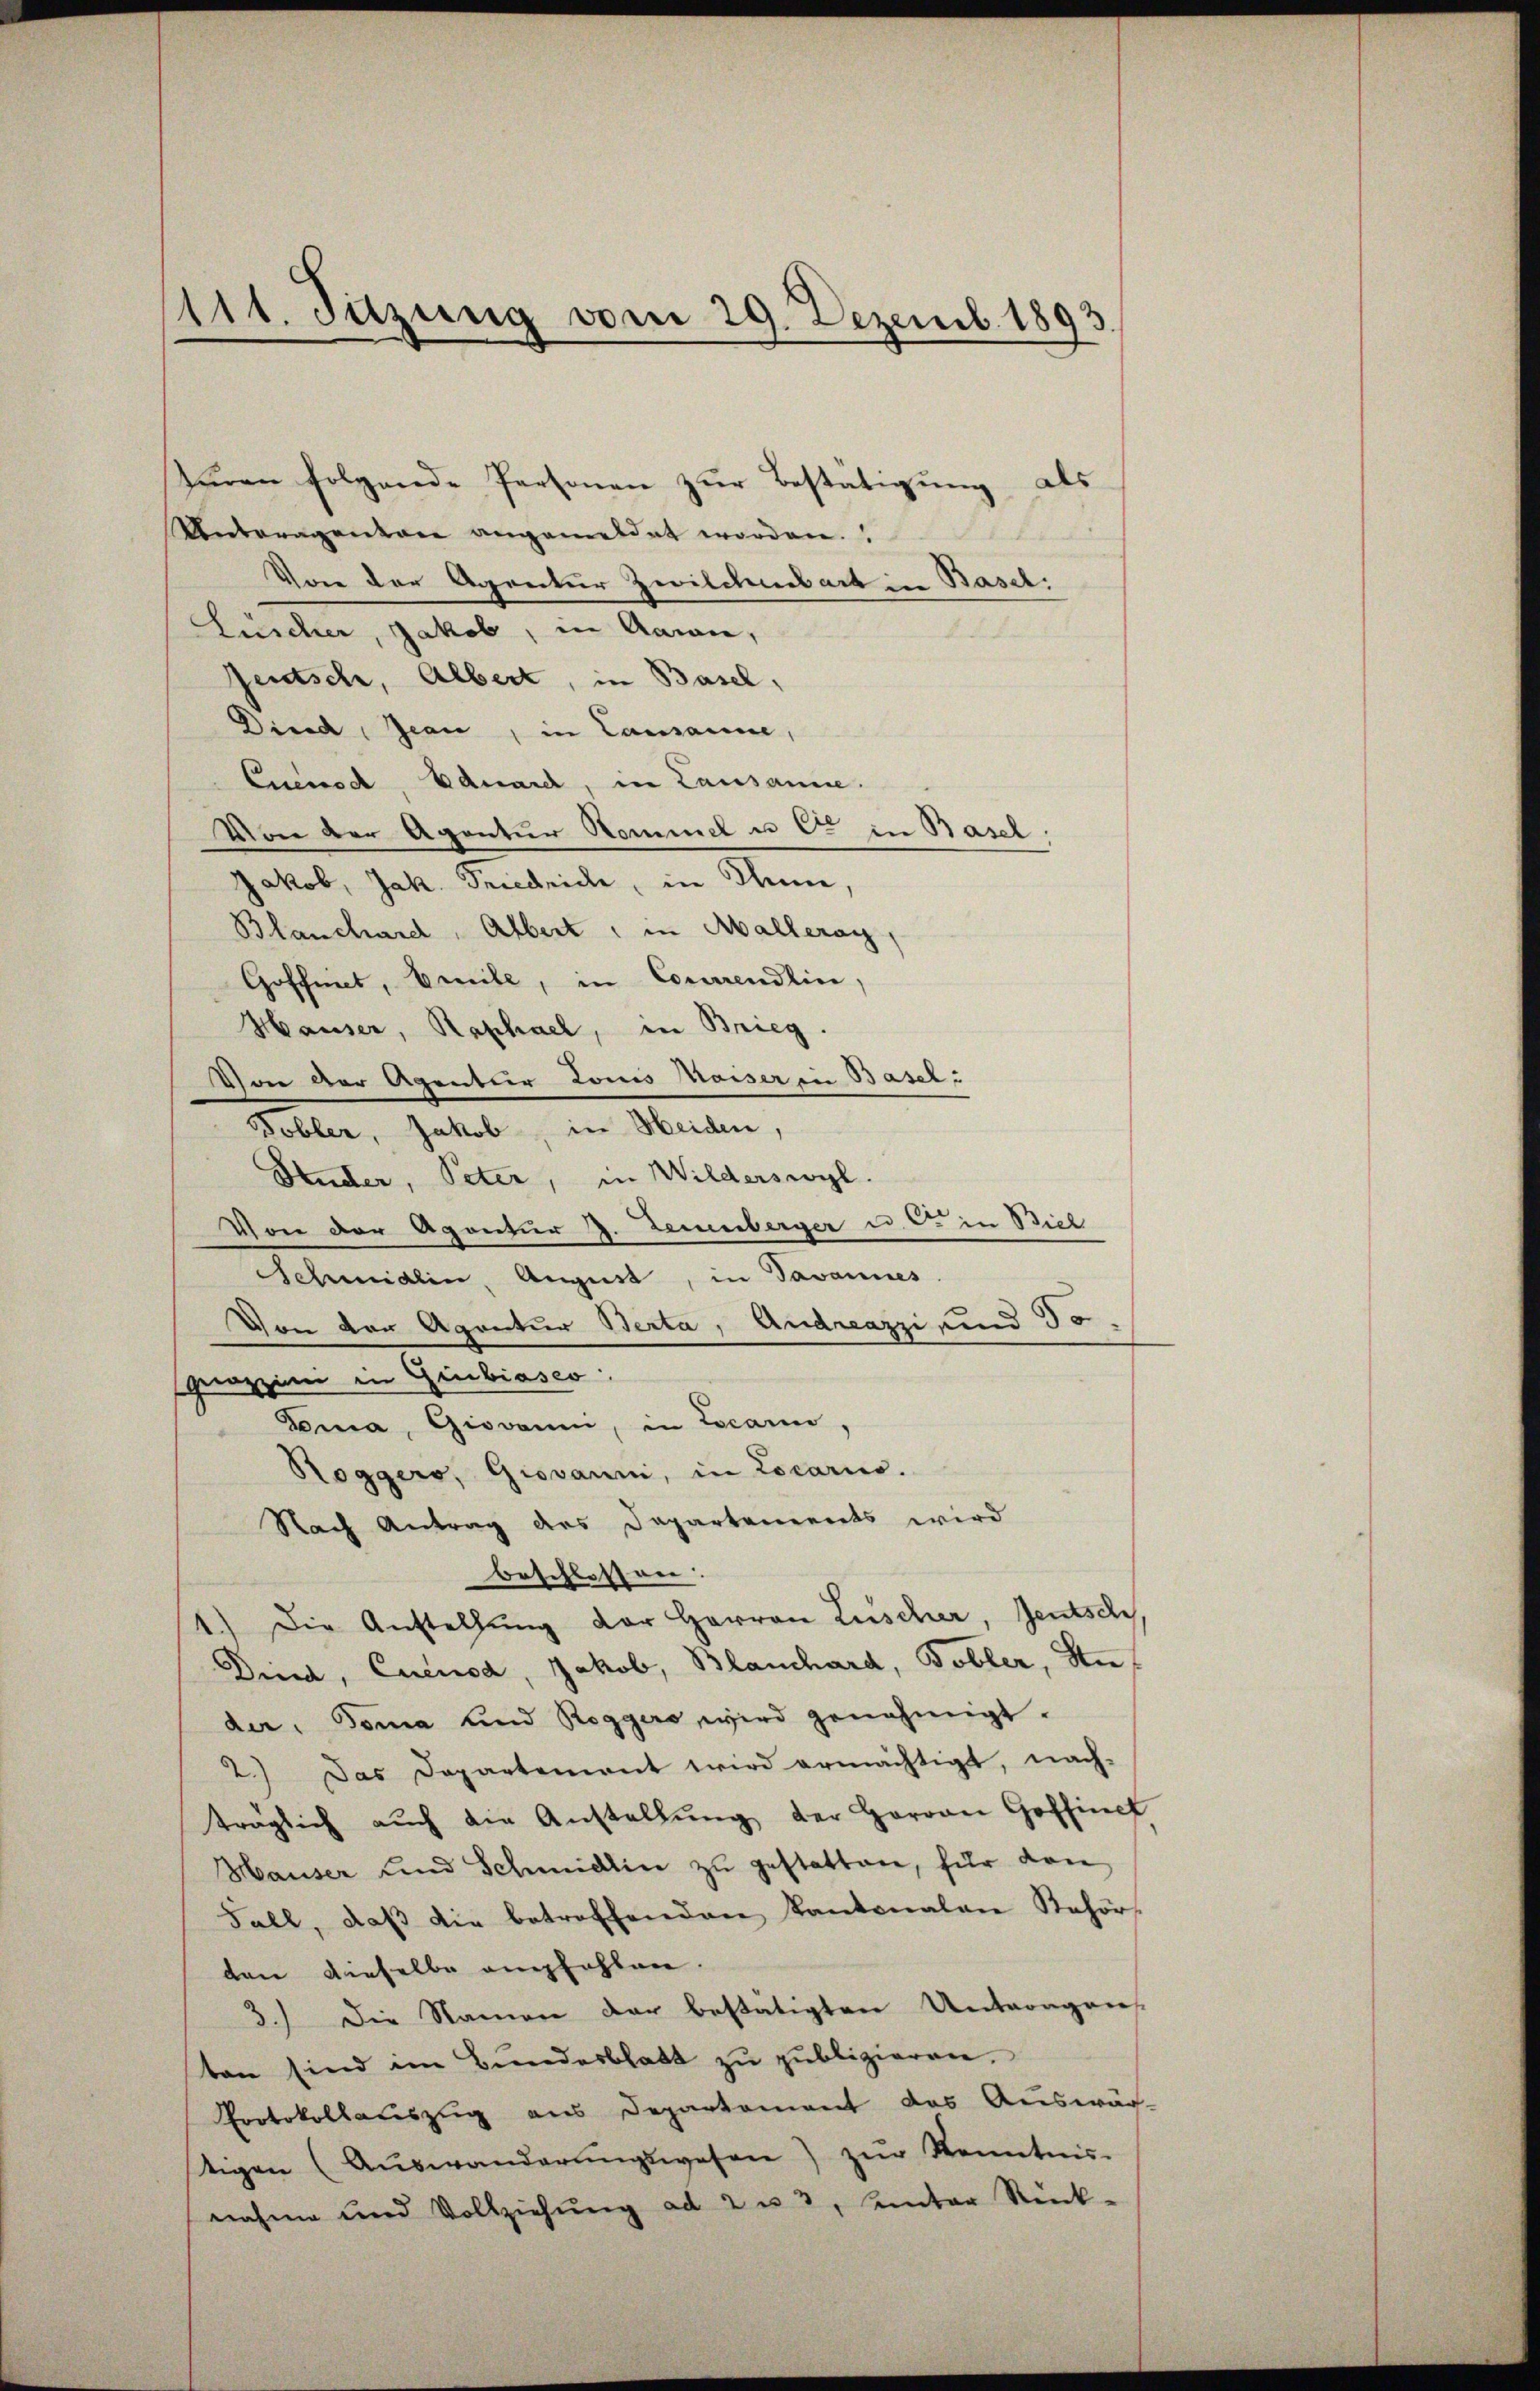
111. Suzung vom 29. Dezemb. 1893

tŭren folgende Personen zŭr Bestätigung als
Unteragenten angemeldet worden.
Von der Agretur Zwildenbart in Basel:
Luscher, Jakob, in Aarau,
Jeutsch, Albert, in Basel,
Dirad, Jean, in Lamanne,
Cuenod, Eduard, in Lausanne.
Von der Agentur Kommel u C in Basel.
Jakob, Jak. Friedrich, in Thun,
Blanchard, Albert, in Malleray,
Goffnet, beile, in Commendlin,
Hauser, Raphael, in Brieg.
Von der Agentier Louis Waiser in Basel:
Tobler, Jakob, in Weiden,
Studer, Peter, in Wilderswyl.
Von der Agentur 2. Lemberger u. s. in Biel
Schmidlin, August, in Javannes.
Von von Agentur Berta, Andreazzi und 30.
prazzien in Giubiasco
Dena, Giovanni, in Locarno,
Roggero, Giovanni, in Locario.
Nach Antrag des Dapartements wird
beschlossen:
1.) Die Anstellŭng der Herren Lüscher, Jeutsch,
Dind, Euenod, Jakob, Blanchard, Tobler, An
der. Toma und Roggers wird genehmigt.
2.) Das Departement wird ermächtigt, nach-
träglich aŭch die Anstellŭng der Herren Hoffnet
Hauser und Schmidlin zu gestatten, für dan
Fall, daβ die betreffenden Kantonalen Behörten dieselbe empfahlen.
3.) Die Namen der bestätigten Unteragen
ten sind im Bundesblatt zu publizieren.
Protokollauszug aus Departement das Auswär-
tigen (Auswanderŭngswesen) zŭr Kenntnis-
nahme und Vollziehung ad 2 u 3, unter Rück-